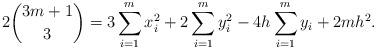
LaTeX: \begin{align*} 2 \binom{3m+1}{3} = 3 \sum_{i=1}^{m} x_{i}^{2}+ 2 \sum_{i=1}^{m} y_{i}^{2} - 4h \sum_{i=1}^{m} y_{i} + 2mh^{2}.\end{align*}